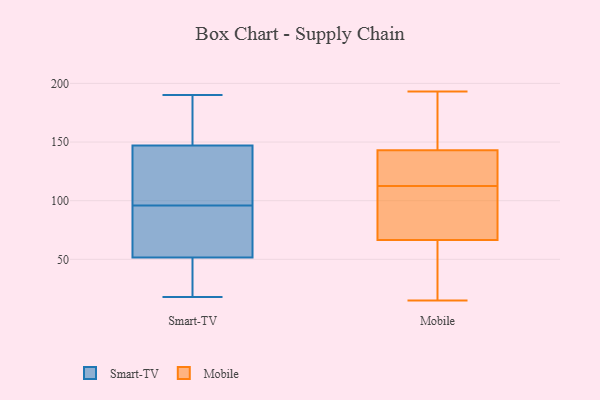
{"axis": {"x": "Energy Usage (MWh)", "y": "Value"}, "legend": ["Mobile", "Smart-TV"], "data": [{"x": "", "y": 178, "type": "Smart-TV"}, {"x": "", "y": 49, "type": "Smart-TV"}, {"x": "", "y": 97, "type": "Smart-TV"}, {"x": "", "y": 56, "type": "Smart-TV"}, {"x": "", "y": 166, "type": "Smart-TV"}, {"x": "", "y": 119, "type": "Smart-TV"}, {"x": "", "y": 149, "type": "Smart-TV"}, {"x": "", "y": 103, "type": "Smart-TV"}, {"x": "", "y": 145, "type": "Smart-TV"}, {"x": "", "y": 190, "type": "Smart-TV"}, {"x": "", "y": 54, "type": "Smart-TV"}, {"x": "", "y": 82, "type": "Smart-TV"}, {"x": "", "y": 95, "type": "Smart-TV"}, {"x": "", "y": 43, "type": "Smart-TV"}, {"x": "", "y": 24, "type": "Smart-TV"}, {"x": "", "y": 111, "type": "Smart-TV"}, {"x": "", "y": 73, "type": "Smart-TV"}, {"x": "", "y": 21, "type": "Smart-TV"}, {"x": "", "y": 18, "type": "Smart-TV"}, {"x": "", "y": 177, "type": "Smart-TV"}, {"x": "", "y": 147, "type": "Mobile"}, {"x": "", "y": 179, "type": "Mobile"}, {"x": "", "y": 125, "type": "Mobile"}, {"x": "", "y": 193, "type": "Mobile"}, {"x": "", "y": 19, "type": "Mobile"}, {"x": "", "y": 139, "type": "Mobile"}, {"x": "", "y": 15, "type": "Mobile"}, {"x": "", "y": 90, "type": "Mobile"}, {"x": "", "y": 68, "type": "Mobile"}, {"x": "", "y": 65, "type": "Mobile"}, {"x": "", "y": 117, "type": "Mobile"}, {"x": "", "y": 108, "type": "Mobile"}]}